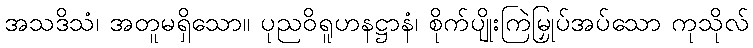
အသဒိသံ၊ အတူမရှိသော။ ပုညဝိရူဟနဋ္ဌာနံ၊ စိုက်ပျိုးကြဲမြှုပ်အပ်သော ကုသိုလ်